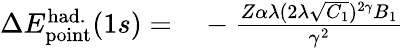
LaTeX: \begin{array}{rl}{\Delta{E}_{\mathrm{point}}^{\mathrm{had.}}(1s)=}&{{}-\frac{Z\alpha\lambda(2\lambda\sqrt{C_{1}})^{2\gamma}B_{1}}{\gamma^{2}}}\end{array}